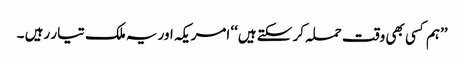
’’ہم کسی بھی وقت حملہ کر سکتے ہیں‘‘ امریکہ اور یہ ملک تیار رہیں ۔